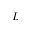
L